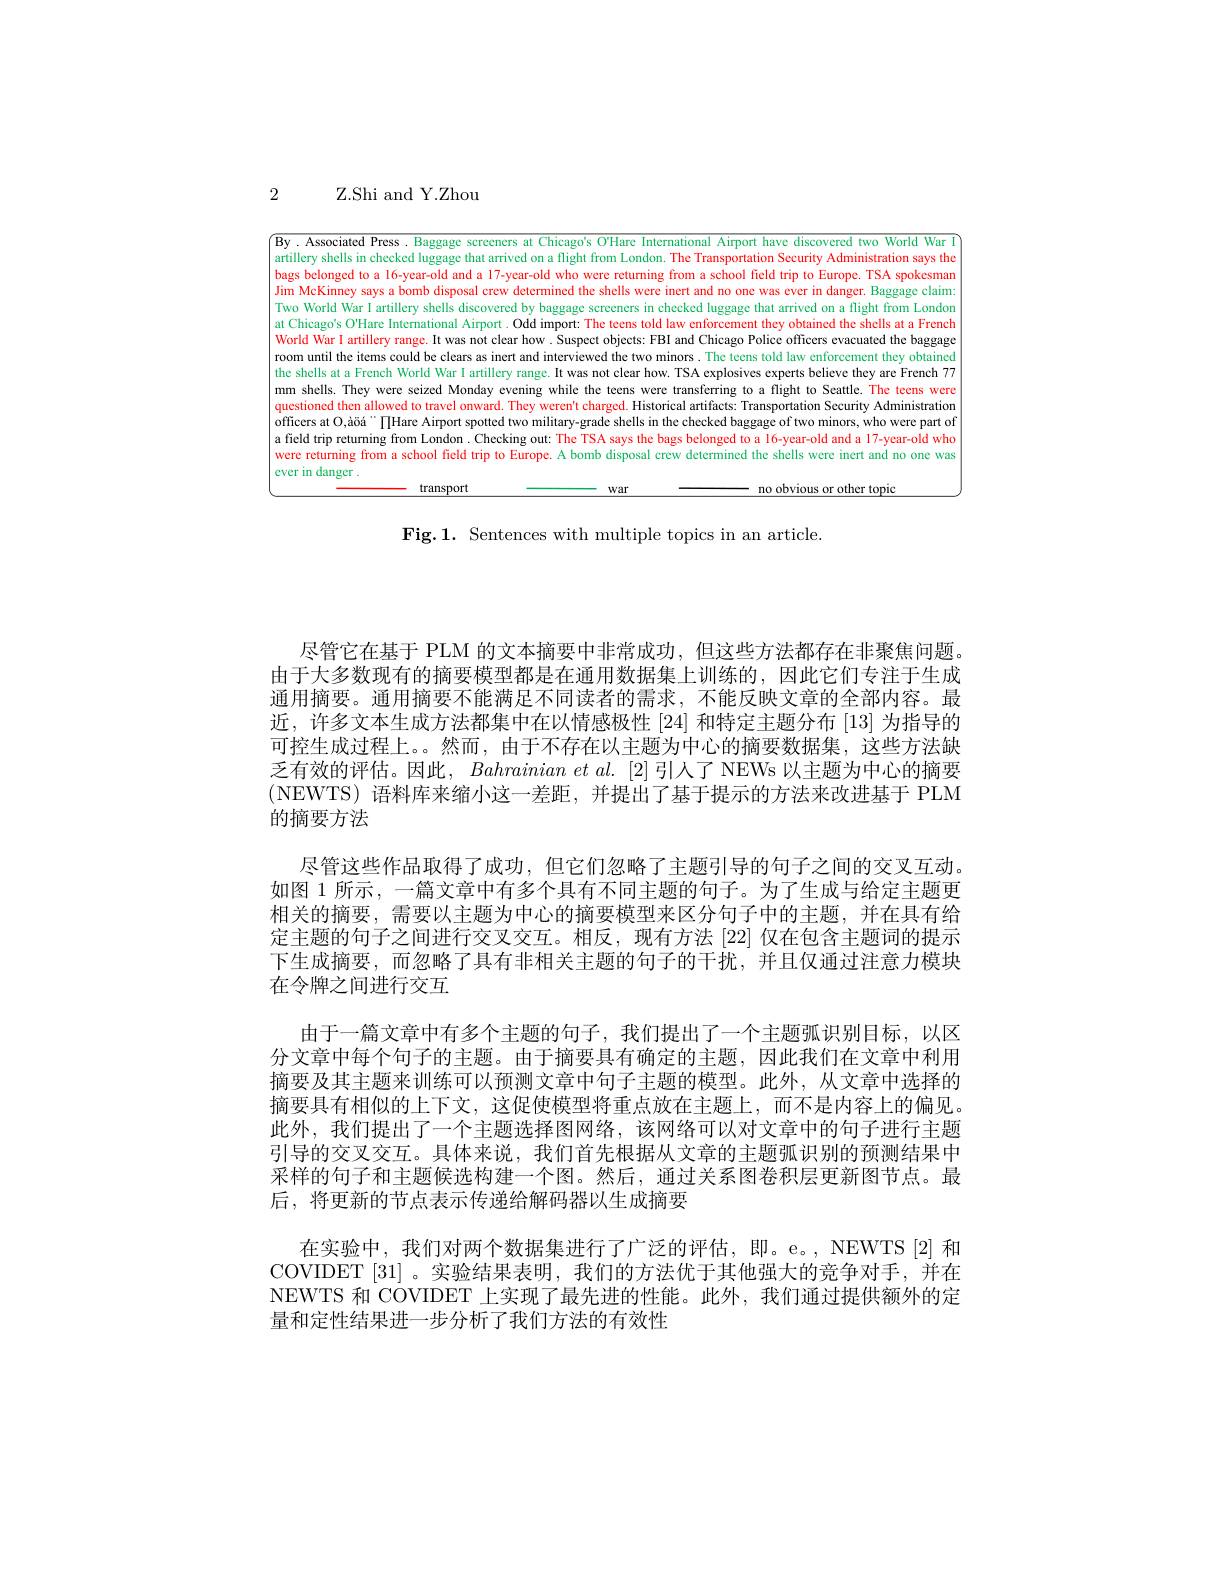
2

# Z.Shi and Y.Zhou

$\sqrt{\text{By.Associated Press.Baggage scrceners at Chicago's OHare International Airport have discovered two World War I}}$ artillery shells in checked luggage that arrived on a flight from London. The Transportation Security Administration says the bags belonged to a I6-year-old and a 17-year-old who were returning from a school field trip to Europe. TSA spokesmar Jim McKinney says a bomb disposal crew determined the shells were inert and no one was ever in danger. Baggage claim: Two World War I artillery shells discovered by baggage scrceners in checked luggage that arrived on a flight from Londor at Chicago's O'Hare International Airport. Odd import: The teens told law enforcement they obtained the shells at a French World War I artillery range. It was not clear how. Suspect objects: FBI and Chicago Police officers evacuated the baggage room until the items could be clears as inert and interviewed the two minors. The tecns told law enforcement they obtained the shells at a French World War I artillery range. It was not clear how. TSA explosives experts believe they are French 77 mm shells. They were seized Monday evening while the teens were transferring to a flight to Seattle. The teens were questioned then allowed to travel onward. They weren't charged. Historical artifacts: Transportation Security Administration officers at O,àöá $^\mathrm{officers~at~O}$,àöá $^\mathrm{officers~at~O}$,àöá $^\mathrm{office~Airport~spotted~two~military-grade~shells~in~the~checked~baggage~of~two~minors,~who~were~part~of}$ a field trip returning from London . Checking out: The TSA says the bags belonged to a 16-ycar-old and a l7-year-old who were returning from a school field trip to Europe. A bomb disposal crew determined the shells were inert and no one was ever in danger .
$\underline{\text{transport}}$
$\underline{\text{war}}$

Fig.1. Sentences with multiple topics in an article.

尽管它在基于 PLM 的文本摘要中非常成功，但这些方法都存在非聚焦问题。由于大多数现有的摘要模型都是在通用数据集上训练的，因此它们专注于生成通用摘要。通用摘要不能满足不同读者的需求，不能反映文章的全部内容。最近，许多文本生成方法都集中在以情感极性[24]和特定主题分布[13]为指导的可控生成过程上。。然而，由于不存在以主题为中心的摘要数据集，这些方法缺乏有效的评估。因此，$Bahrainianetal.[2]$引人了 NEWs 以主题为中心的摘要(NEWTS)语料库来缩小这一差距，并提出了基于提示的方法来改进基于 PLM 的摘要方法
尽管这些作品取得了成功，但它们忽略了主题引导的句子之间的交叉互动。如图 1 所示，一篇文章中有多个具有不同主题的句子。为了生成与给定主题更相关的摘要，需要以主题为中心的摘要模型来区分句子中的主题，并在具有给定主题的句子之间进行交叉交互。相反，现有方法[22] 仅在包含主题词的提示下生成摘要，而忽略了具有非相关主题的句子的干扰，并且仅通过注意力模块在令牌之间进行交互
由于一篇文章中有多个主题的句子，我们提出了一个主题弧识别目标，以区分文章中每个句子的主题。由于摘要具有确定的主题，因此我们在文章中利用摘要及其主题来训练可以预测文章中句子主题的模型。此外，从文章中选择的摘要具有相似的上下文，这促使模型将重点放在主题上，而不是内容上的偏见。此外，我们提出了一个主题选择图网络，该网络可以对文章中的句子进行主题引导的交叉交互。具体来说，我们首先根据从文章的主题弧识别的预测结果中采样的句子和主题候选构建一个图。然后，通过关系图卷积层更新图节点。最后，将更新的节点表示传递给解码器以生成摘要
在实验中，我们对两个数据集进行了广泛的评估，即。e。,NEWTS[2]和COVIDET[31] 。实验结果表明，我们的方法优于其他强大的竞争对手，并在NEWTS 和 COVIDET 上实现了最先进的性能。此外，我们通过提供额外的定量和定性结果进一步分析了我们方法的有效性